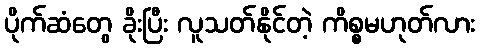
ပိုက်ဆံတွေ ခိုးပြီး လူသတ်နိုင်တဲ့ ကိစ္စမဟုတ်လား